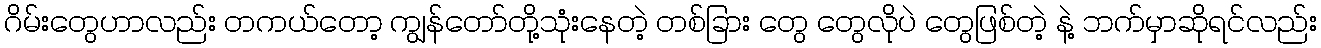
ဂိမ်းတွေဟာလည်း တကယ်တော့ ကျွန်တော်တို့သုံးနေတဲ့ တစ်ခြား တွေ တွေလိုပဲ တွေဖြစ်တဲ့ နဲ့ ဘက်မှာဆိုရင်လည်း